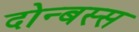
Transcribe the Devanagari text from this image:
दोन्बस्स